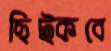
ছিট্‌কবে